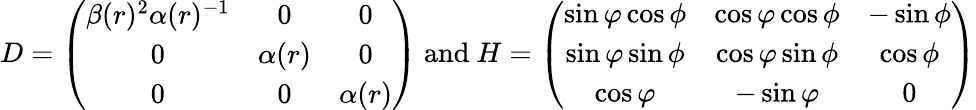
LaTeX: D=\left(\begin{array}{ccc}{\beta(r)^{2}\alpha(r)^{-1}}&{0}&{0}\\ {0}&{\alpha(r)}&{0}\\ {0}&{0}&{\alpha(r)}\end{array}\right)\mathrm{~and~}H=\left(\begin{array}{ccc}{\sin\varphi\cos\phi}&{\cos\varphi\cos\phi}&{-\sin\phi}\\ {\sin\varphi\sin\phi}&{\cos\varphi\sin\phi}&{\cos\phi}\\ {\cos\varphi}&{-\sin\varphi}&{0}\end{array}\right)